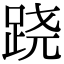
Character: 跷